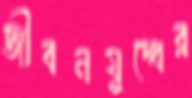
জীবনযুদ্ধের